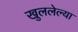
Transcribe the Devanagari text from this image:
खुललेल्या